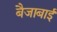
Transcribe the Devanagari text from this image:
बैजाबाई